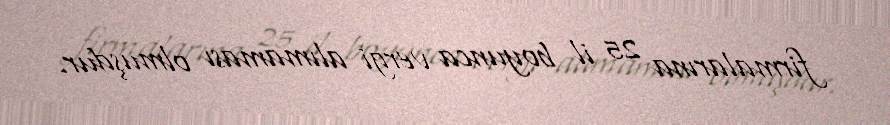
firmalarına 25 il boyunca vergi alımaması olmuşdur.